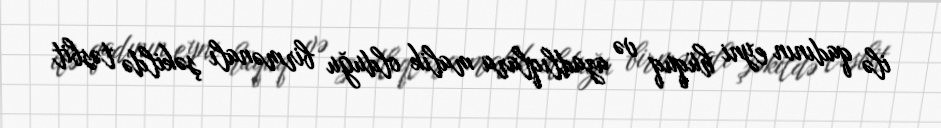
ilə qadının eyni hüquq və azadlıqlara malik olduğu birmənalı şəkildə təsbit